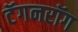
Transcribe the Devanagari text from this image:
टॅगनरॉग